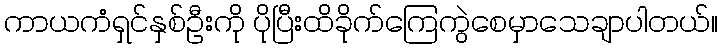
ကာယကံရှင်နှစ်ဦးကို ပိုပြီးထိခိုက်ကြေကွဲစေမှာသေချာပါတယ်။